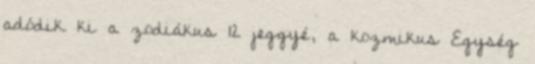
adódik ki a zodiákus 12 jeggyé, a kozmikus Egység